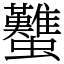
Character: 𧕴